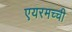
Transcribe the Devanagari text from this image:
एयरमच्ची